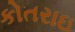
કોતરાઇ